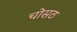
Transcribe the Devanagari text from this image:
चोसठ